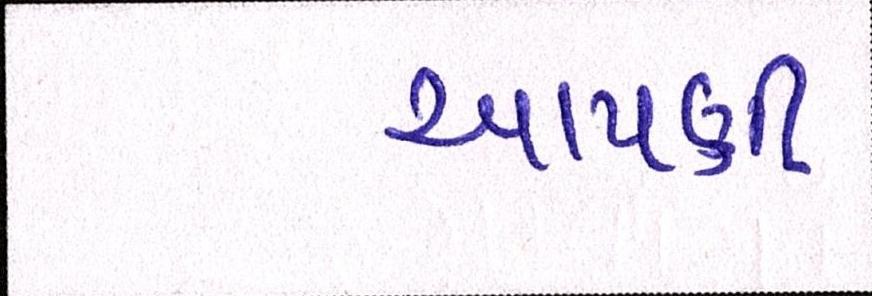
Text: આપણી